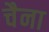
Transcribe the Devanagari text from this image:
चैना